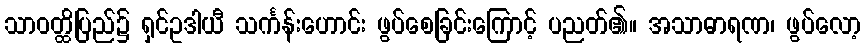
သာဝတ္ထိပြည်၌ ရှင်ဥဒါယီ သင်္ကန်းဟောင်း ဖွပ်စေခြင်းကြောင့် ပညတ်၏။ အသာဓာရဏ၊ ဖွပ်လော့